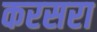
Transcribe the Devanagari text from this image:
करसरा